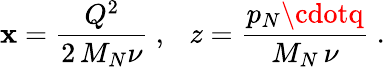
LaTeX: \mathbf{x}=\frac{{Q^{2}}}{{2\, M_{N}\nu}}\ ,\ \ \ z=\frac{{p_{N}\cdotq}}{{M_{N}\, \nu}}\ .